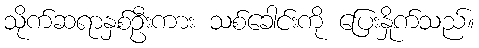
သိုက်ဆရာနှစ်ဦးကား သစ်ခေါင်းကို ပြေးနှိုက်သည်။